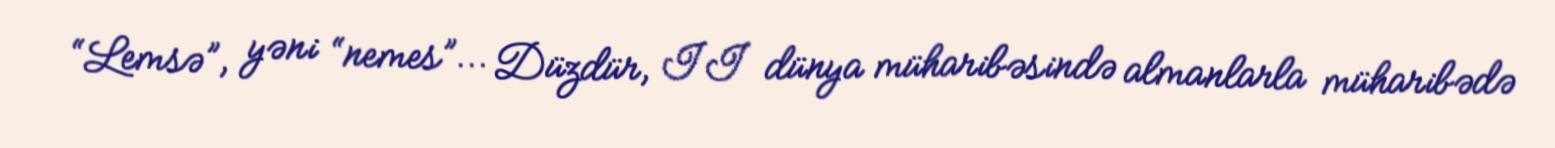
“Lemsə”, yəni “nemes”... Düzdür, II dünya müharibəsində almanlarla müharibədə